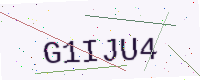
Text: G1IJU4